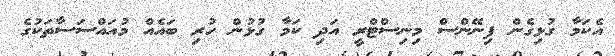
އެކަމާ ގުޅިގެން ފިނޭންސް މިނިސްޓްރީ އަދި ކަމާ ގުޅުން ހުރި ބައެއް މުއައްސަސާތަކުގެ